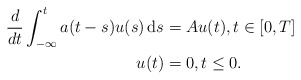
\begin{align*} \begin{aligned} \frac{d}{dt} \int_{-\infty}^t a(t-s)u(s) \, {\rm d}s &= A u(t), t \in [0,T] \\ u(t) &= 0, t \le 0. \end{aligned} \end{align*}